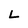
Character: L